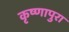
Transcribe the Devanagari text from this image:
कृष्णापुरा